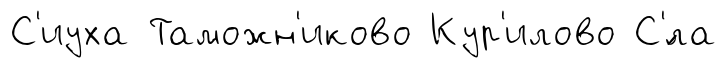
С'иуха Таможн'иково Кур'илово С'́ла